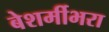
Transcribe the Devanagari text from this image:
बेशर्मीभरा